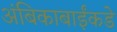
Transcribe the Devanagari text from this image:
अंबिकाबाईंकडे